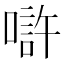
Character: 𠼯